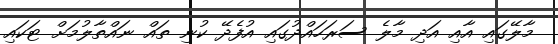
މާލޭގައި އާއި އަދި މާލެ ސަރަހައްދުގައި އުފެދޭ ކުނި ތައް ނައްތާލުމަށް ޓަކައި